Indian journal of veterinary science and animal husbandry - Volumes 18-21, 1948-1951
Year: 1948
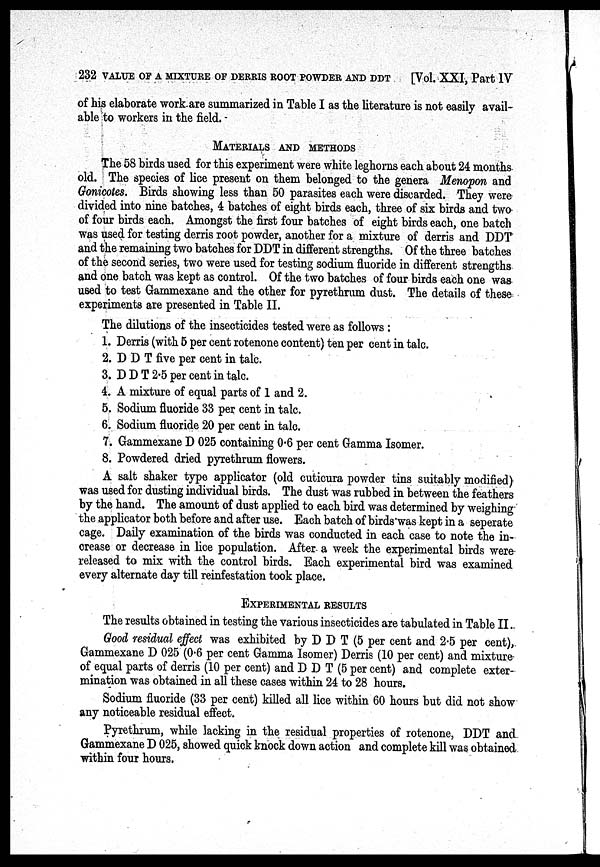
232 VALUE OF A MIXTURE OF DERRIS ROOT POWDER AND DDT
[Vol. XXI, Part IV
of his elaborate work are summarized in Table I as the literature is not easily avail-
able to workers in the field.
MATERIALS AND METHODS
The 58 birds used for this experiment were white leghorns each about 24 months
old. The species of lice present on them belonged to the genera Menopon and
Gonicotes. Birds showing less than 50 parasites each were discarded. They were
divided into nine batches, 4 batches of eight birds each, three of six birds and two
of four birds each. Amongst the first four batches of eight birds each, one batch
was used for testing derris root powder, another for a mixture of derris and DDT
and the remaining two batches for DDT in different strengths. Of the three batches
of the second series, two were used for testing sodium fluoride in different strengths
and one batch was kept as control. Of the two batches of four birds each one was
used to test Gammexane and the other for pyrethrum dust. The details of these
experiments are presented in Table II.
The dilutions of the insecticides tested were as follows:
1. Derris (with 5 per cent rotenone content) ten per cent in talc.
2. D D T five per cent in talc.
3. D D T 2.5 per cent in talc.
4. A mixture of equal parts of 1 and 2.
5. Sodium fluoride 33 per cent in talc.
6. Sodium fluoride 20 per cent in talc.
7. Gammexane D 025 containing 0.6 per cent Gamma Isomer.
8. Powdered dried pyrethrum flowers.
A salt shaker type applicator (old cuticura powder tins suitably modified)
was used for dusting individual birds. The dust was rubbed in between the feathers
by the hand. The amount of dust applied to each bird was determined by weighing
the applicator both before and after use. Each batch of birds was kept in a seperate
cage. Daily examination of the birds was conducted in each case to note the in-
crease or decrease in lice population. After a week the experimental birds were
released to mix with the control birds. Each experimental bird was examined
every alternate day till reinfestation took place.
EXPERIMENTAL RESULTS
The results obtained in testing the various insecticides are tabulated in Table II.
Good residual effect was exhibited by D D T (5 per cent and 2.5 per cent),
Gammexane D 025 (0.6 per cent Gamma Isomer) Derris (10 per cent) and mixture
of equal parts of derris (10 per cent) and D D T (5 per cent) and complete exter-
mination was obtained in all these cases within 24 to 28 hours.
Sodium fluoride (33 per cent) killed all lice within 60 hours but did not show
any noticeable residual effect.
Pyrethrum, while lacking in the residual properties of rotenone, DDT and
Gammexane D 025, showed quick knock down action and complete kill was obtained
within four hours.